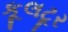
કૂલટૂર